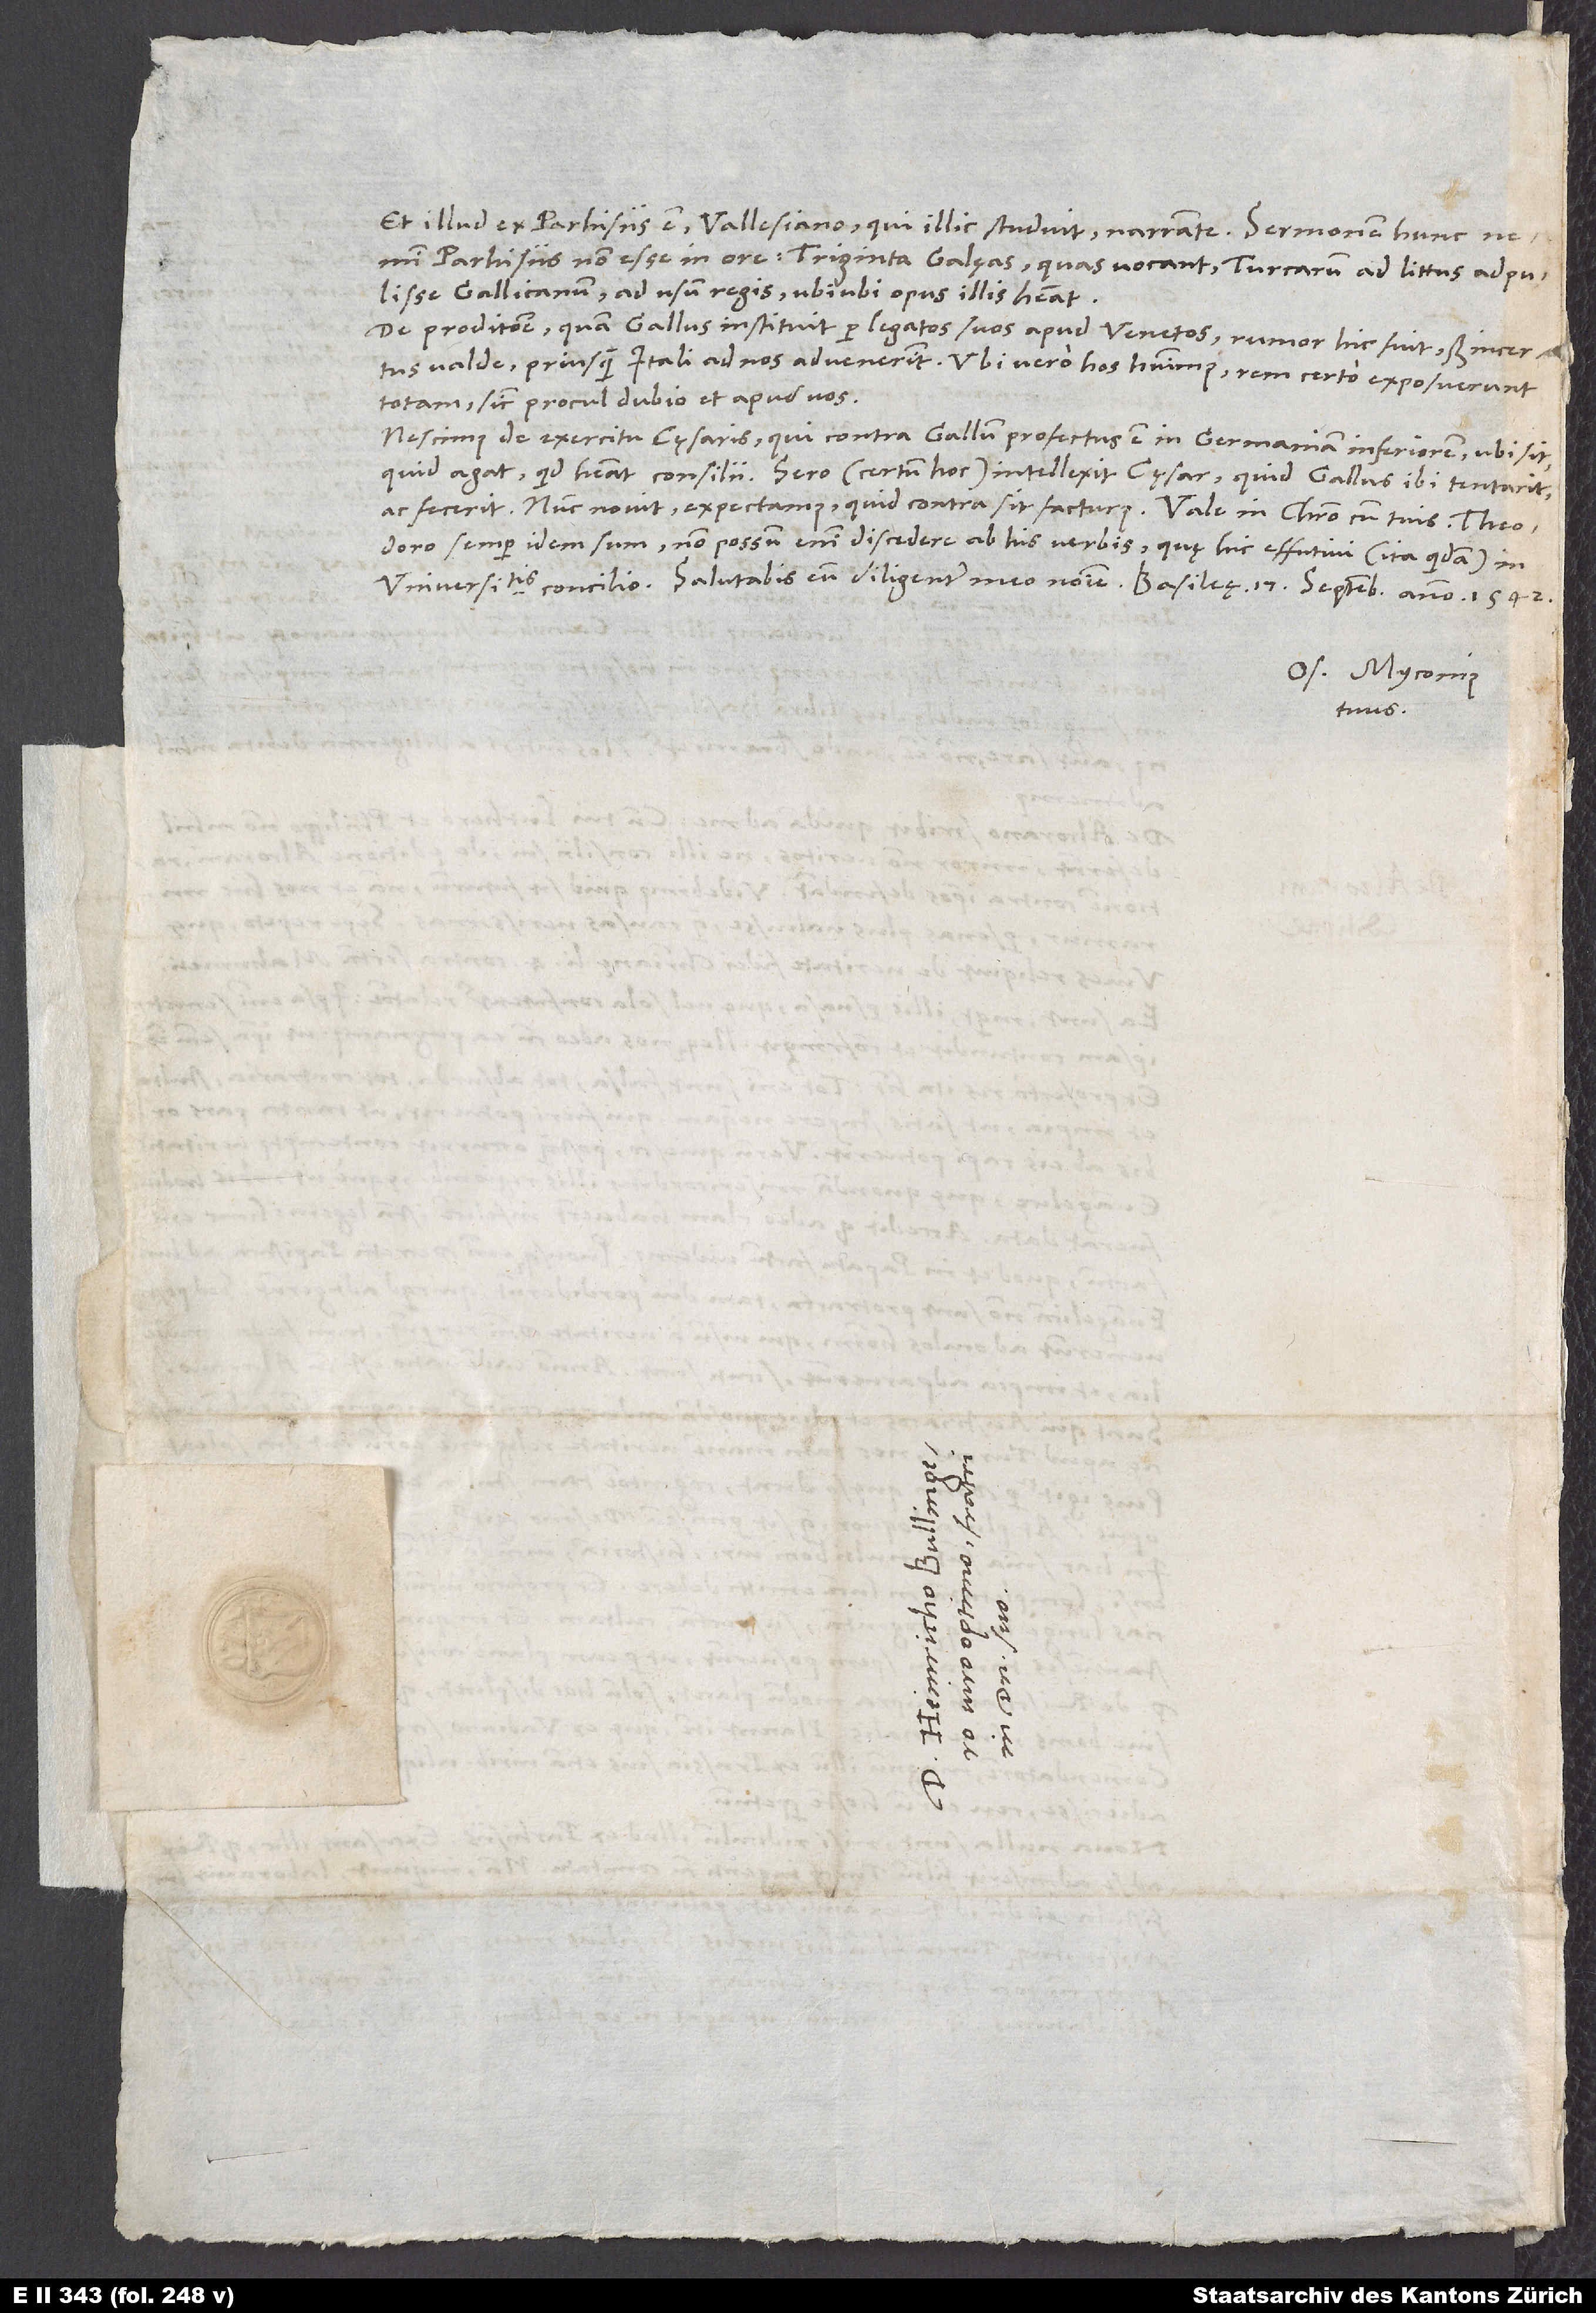
Et illud ex Parhisiis est Vallesiano, qui illic studuit, narrante: Sermonem hunc
Parhisiis non esse in ore triginta galęas, quas vocant, Turcarum ad littus adpulisse
Gallicanum ad usum regis, ubiubi opus illis habeat.
De proditione, quam Gallus instituit per legatos suos apud Venetos, rumor hic fuit, sed incertus
valde, priusquam Itali ad nos advenerint. Ubi vero hos habuimus, rem certo exposuerunt
totam, sicut procul dubio et apud vos.
Nescimus de exercitu cęsaris, qui contra Gallum profectus est in Germaniam Inferiorem, ubi sit,
quid agat, quid habeat consilii. Sero (certum hoc) intellexit cęsar, quid Gallus ibi tentarit
semper idem sum; non possum enim discedere ab his verbis, quę hic effutivi (ita quidem) in
Os. Myconius
tuus.
S.